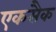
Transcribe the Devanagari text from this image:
एकसैक